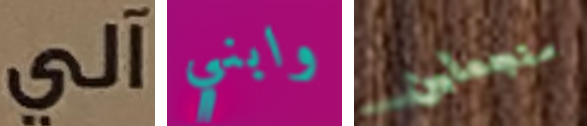
آلي وابني ستجعلين